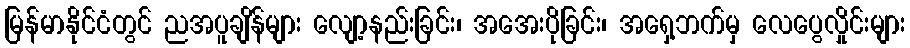
မြန်မာနိုင်ငံတွင် ညအပူချိန်များ လျော့နည်းခြင်း၊ အအေးပိုခြင်း၊ အရှေ့ဘက်မှ လေပွေလှိုင်းများ